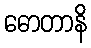
ဓောတာနိ